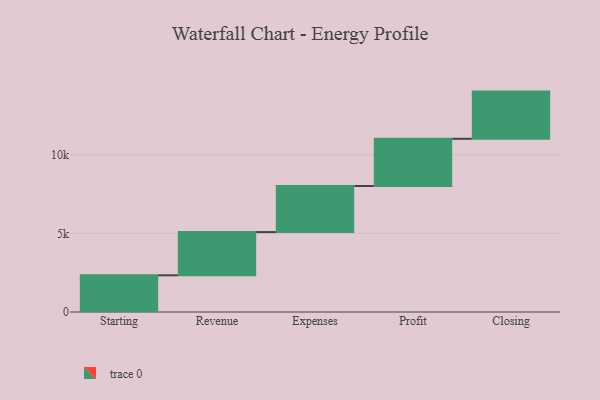
{"axis": {"x": "Step", "y": "Value"}, "legend": [""], "data": [{"x": "Starting", "y": 2333.0, "type": ""}, {"x": "Revenue", "y": 2747.0, "type": ""}, {"x": "Expenses", "y": 2932.0, "type": ""}, {"x": "Profit", "y": 3000, "type": ""}, {"x": "Closing", "y": 3000, "type": ""}]}